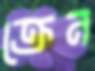
ক্রেন